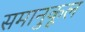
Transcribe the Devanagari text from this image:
समानुकूल